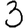
Digit: 3